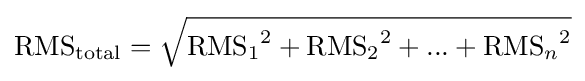
\mathrm {RMS} _{\mathrm {total} }={\sqrt {{{\mathrm {RMS} _{1}}^{2}}+{{\mathrm {RMS} _{2}}^{2}}+...+{{\mathrm {RMS} _{n}}^{2}}}}